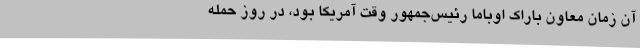
آن زمان معاون باراک اوباما رئیس‌جمهور وقت آمریکا بود، در روز حمله